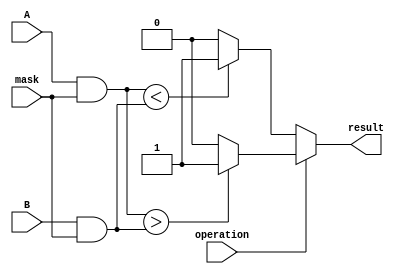
module Masked_Comparator (
  input [7:0] A,
  input [7:0] B,
  input [7:0] mask,
  input operation,
  output reg result
);

reg [7:0] masked_A;
reg [7:0] masked_B;

assign masked_A = A & mask;
assign masked_B = B & mask;

always @(*) begin
  if (operation) begin
    if (masked_A > masked_B) begin
      result = 1;
    end else begin
      result = 0;
    end
  end else begin
    if (masked_A < masked_B) begin
      result = 1;
    end else begin
      result = 0;
    end
  end
end

endmodule